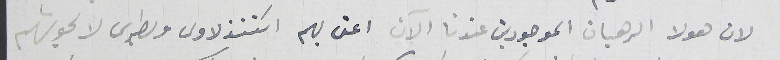
لان هولا الرهبان الموجودين عندنا الآن اعنى بهم اسَتنذلاوس وبطرس لا يحوشهم